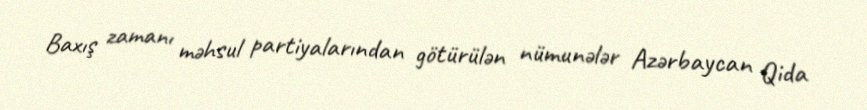
Baxış zamanı məhsul partiyalarından götürülən nümunələr Azərbaycan Qida